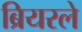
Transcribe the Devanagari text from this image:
ब्रियरले